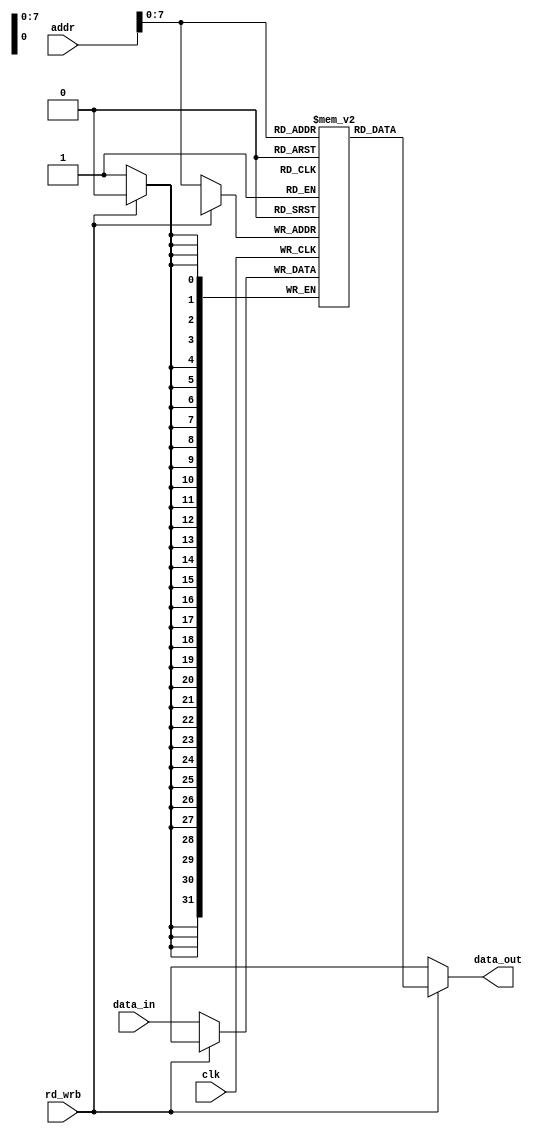
module instr_MEM (clk,  addr, data_in, data_out, rd_wrb);

input clk, rd_wrb ;
input [9:0] addr ;
input [31:0] data_in ;
output[31:0] data_out;

reg [31:0] mem [255:0] ;

initial begin

mem[0] = 32'b00000100011000010000000000000111 ;
mem[1] = 32'b00001000011000010000000000000010 ;
mem[2] = 32'b00001100011000010000000000000011 ;
mem[3] = 32'b00000000011000100000100000000000 ;
mem[4] = 32'b00000000011000100000100000000000 ;

end
always @(posedge clk)
begin
if(rd_wrb == 1'b0) begin 
mem[addr] = data_in ;
end
end

assign data_out = rd_wrb == 1'b1 ? mem[addr] : 32'hxxxxxxxx; 

endmodule